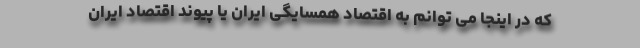
که در اینجا می توانم به اقتصاد همسایگی ایران یا پیوند اقتصاد ایران